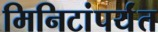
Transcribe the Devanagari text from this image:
मिनिटांपर्यंत